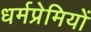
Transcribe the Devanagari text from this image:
धर्मप्रेमियों